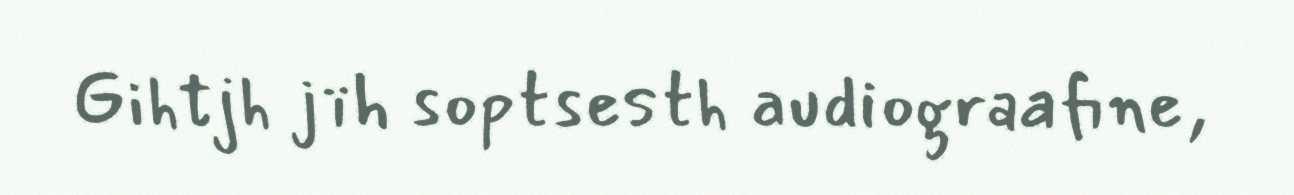
Gihtjh jïh soptsesth audiograafine,